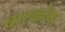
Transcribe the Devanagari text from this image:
बारकोपा